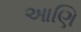
આણિ